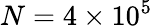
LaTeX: N=4\times 10^{5}